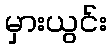
မှားယွင်း